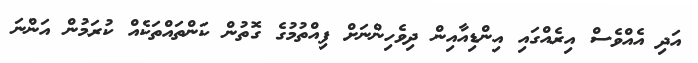
އަދި އެއްވެސް އިރެއްގައި އިންޑިއާއިން ދިވެހިންނަށް ފިއްތުމުގެ ގޮތުން ކަންތައްތަކެއް ކުރަމުން އަންނަ